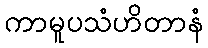
ကာမူပသံဟိတာနံ